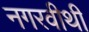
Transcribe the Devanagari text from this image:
नगरवीथी